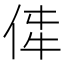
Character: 𪜼